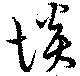
惔